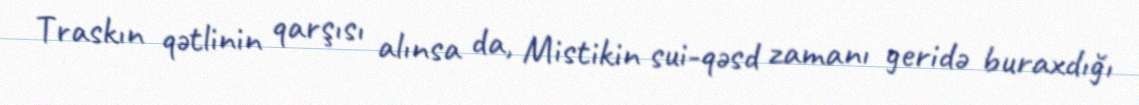
Traskın qətlinin qarşısı alınsa da, Mistikin sui-qəsd zamanı geridə buraxdığı